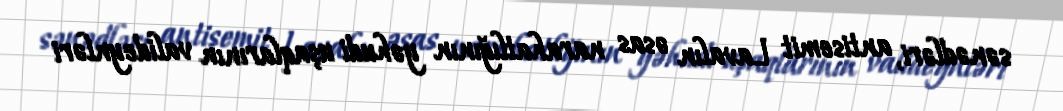
sənədləri, antisemit Lavalın əsas narahatlığının yəhudi uşaqlarının valideynləri